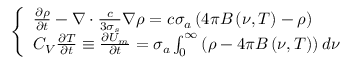
\left\{ \begin{array} { l } { { \frac { \partial \rho } { \partial t } - \nabla \cdot \frac { c } { 3 \sigma _ { s } } \nabla \rho = c \sigma _ { a } \left( 4 \pi B \left( \nu , T \right) - \rho \right) } } \\ { { C _ { V } \frac { \partial T } { \partial t } \equiv \frac { \partial U _ { m } } { \partial t } = \sigma _ { a } \int _ { 0 } ^ { \infty } \left( \rho - 4 \pi B \left( \nu , T \right) \right) d \nu } } \end{array} \right.